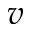
v